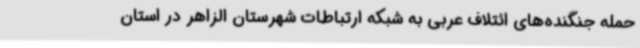
حمله جنگنده‌های ائتلاف عربی به شبکه ارتباطات شهرستان الزاهر در استان